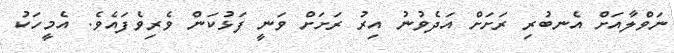
ނަވްލާއަށް އެނބުރި ރަށަށް އަދެވުނު އިރު ރަށަށް ވަނީ ފަޅުކަން ވެރިވެފައެވެ. އެމީހަކު